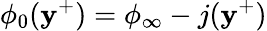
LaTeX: \phi_{0}(\mathbf{y}^{+})=\phi_{\infty}-j(\mathbf{y}^{+})